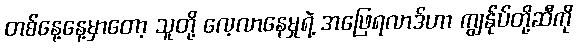
တစ်နေ့နေ့မှာတော့ သူတို့ လေ့လာနေမှုရဲ့ အဖြေရလာဒ်ဟာ ကျွန်ုပ်တို့ဆီကို